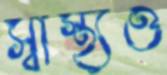
স্বাস্থ্যও